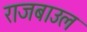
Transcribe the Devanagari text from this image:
राजबाउल